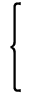
\left\{ \begin{array} { c } { \begin{array} { r l } \end{array} } \\ { \begin{array} { r l } \end{array} } \end{array} \right.